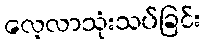
လေ့လာသုံးသပ်ခြင်း